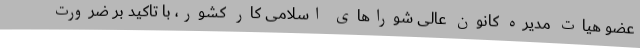
عضو هیات مدیره کانون عالی شوراهای اسلامی کار کشور، با تاکید بر ضرورت